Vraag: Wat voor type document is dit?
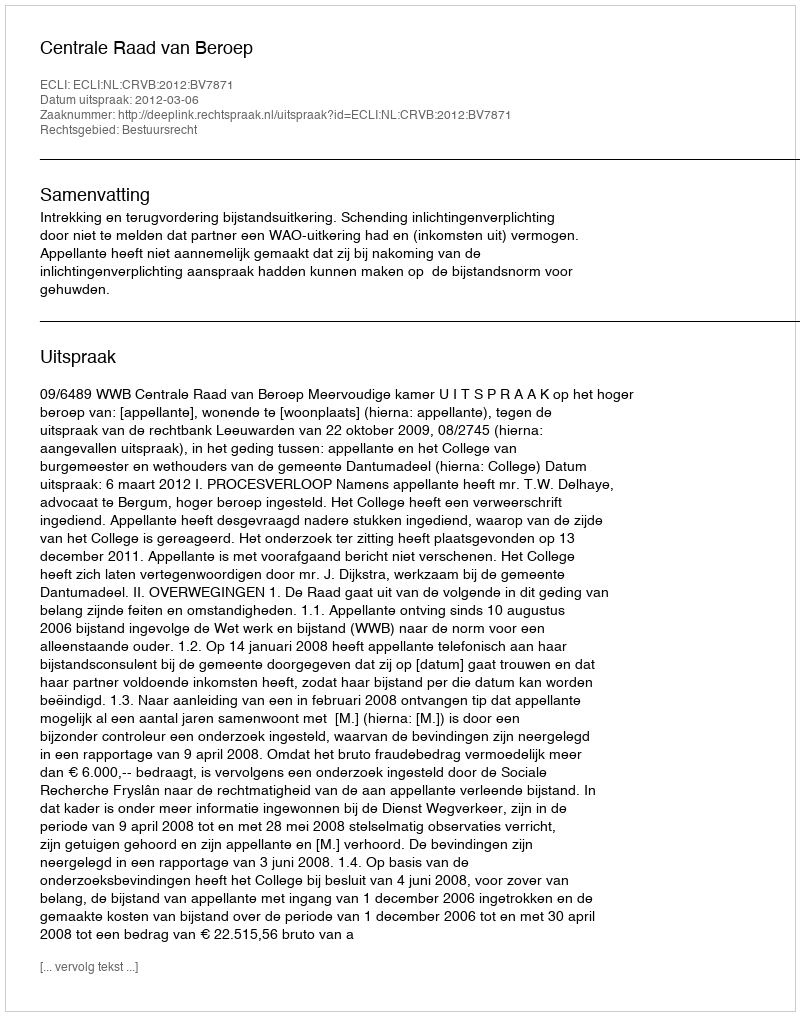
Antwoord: Uitspraak